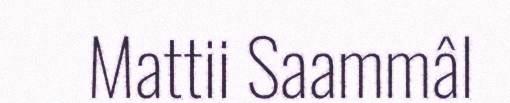
Mattii Saammâl